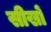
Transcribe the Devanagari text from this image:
सीखों